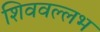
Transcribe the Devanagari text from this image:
शिववल्लभ